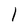
Character: l